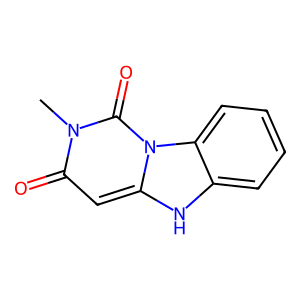
SMILES: Cn1c(=O)cc2[nH]c3ccccc3n2c1=O
Inhibits HIV replication: No